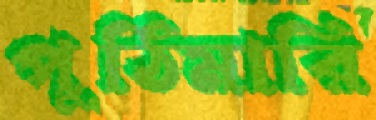
পুঠিমারি